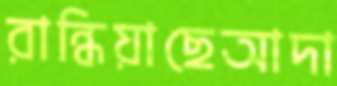
রান্ধিয়াছেআদা